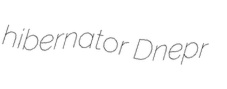
hibernator Dnepr